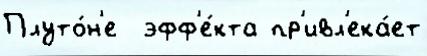
Плуто́н'е  эфф'е́кта пр'ивл'ека́ет